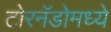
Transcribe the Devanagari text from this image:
टोरनॅडोमध्ये